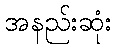
အနည်းဆုံး